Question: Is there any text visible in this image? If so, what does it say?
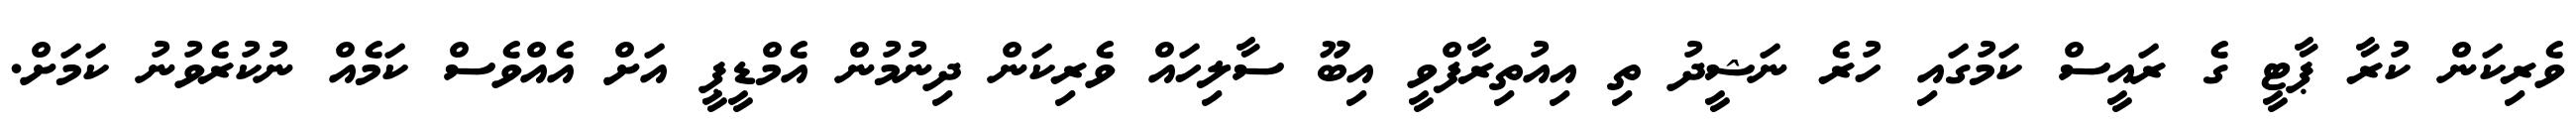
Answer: ވެރިކަން ކުރާ ޕާޓީ ގެ ރައީސް ކަމުގައި ހުރެ ނަޝީދު ތި އިއުތިރާފްވީ އިބޫ ސާލިހައް ވެރިކަން ދިނުމުން އެމްޑީޕީ އަށް އެއްވެސް ކަމެއް ނުކުރެވުނު ކަމަށް.